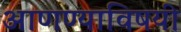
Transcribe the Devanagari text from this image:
आणण्याविषयी